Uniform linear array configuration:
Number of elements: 24
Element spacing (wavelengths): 0.75
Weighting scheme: exponential
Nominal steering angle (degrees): -15
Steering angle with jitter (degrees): -14.598
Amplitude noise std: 0.05
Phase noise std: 0.05

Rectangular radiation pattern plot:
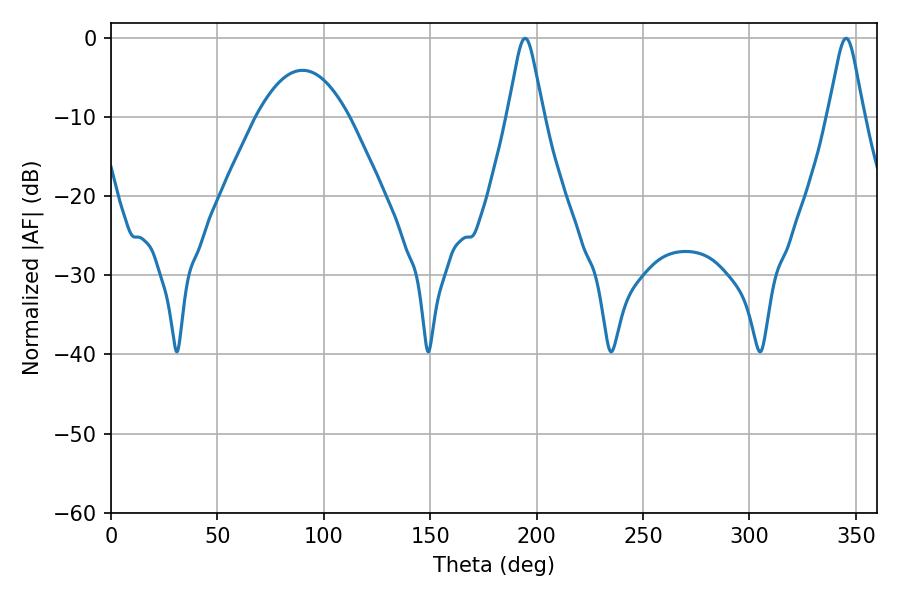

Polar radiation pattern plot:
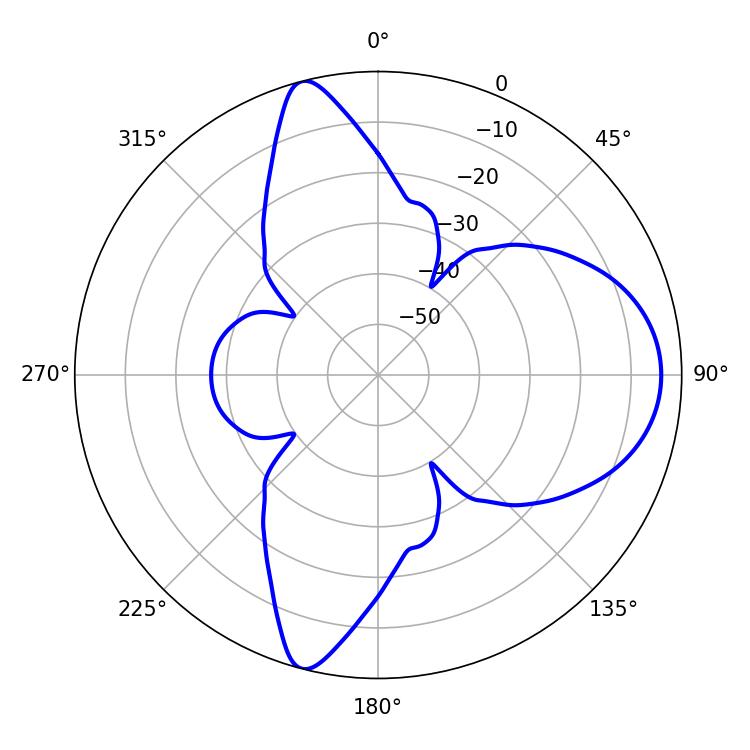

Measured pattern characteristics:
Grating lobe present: TRUE
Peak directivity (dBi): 11.605
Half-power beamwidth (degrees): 7.92
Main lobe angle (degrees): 194.58